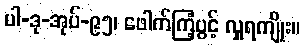
ပါ-ဒု-အုပ်-၉၅၊ ဖေါက်ကြံ့ပွင့် လှူရကျိုး။